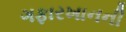
ગફારખાનની